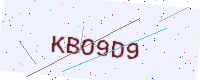
Text: KBO9D9